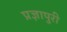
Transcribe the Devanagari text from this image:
प्रज्ञापुरी